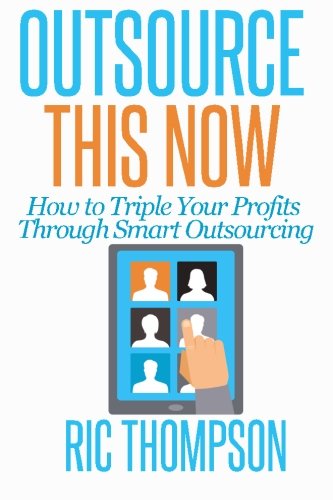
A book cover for Outsource This Now: How to Triple Your Profits Through Smart Outsourcing; Ric Thompson; Business & Money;